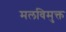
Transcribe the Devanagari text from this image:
मलविमुक्त